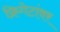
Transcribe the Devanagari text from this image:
फ्रिगेटांवर